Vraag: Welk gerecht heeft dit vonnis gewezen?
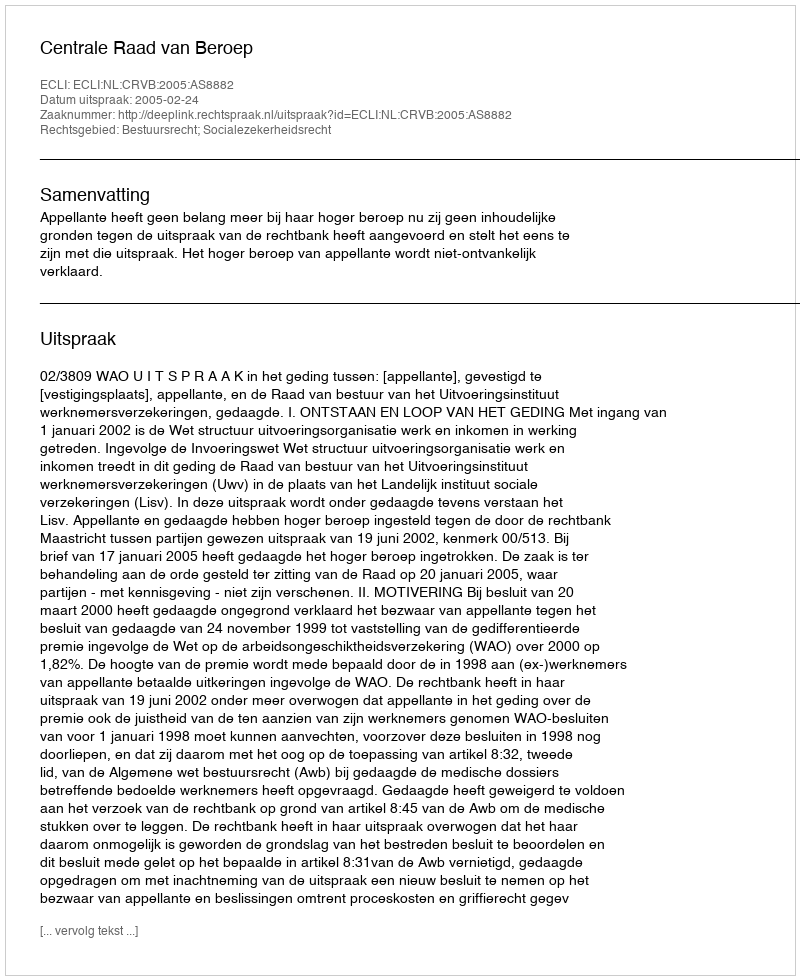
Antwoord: Centrale Raad van Beroep